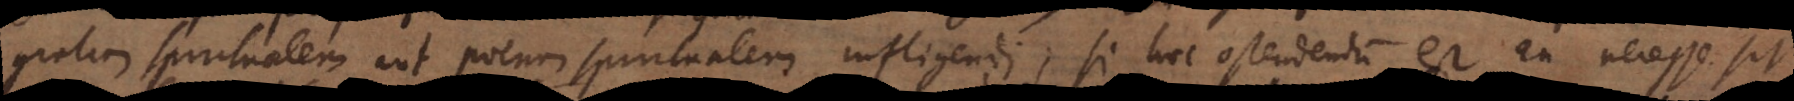
gratiam spiritualem aut poenam spiritualem infligendi; si hoc ostendendum est an necesse sit